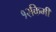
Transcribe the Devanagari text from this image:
१२किमी